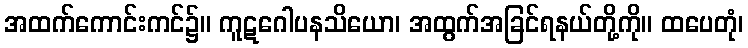
အထက်ကောင်းကင်၌။ ကူဋဂေါပနသိယော၊ အထွက်အခြင်ရနယ်တို့ကို။ ထပေတုံ၊